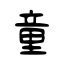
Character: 童